Punjab Mental Hospital Lahore 1922-31 - 1922-1931
Year: 1922
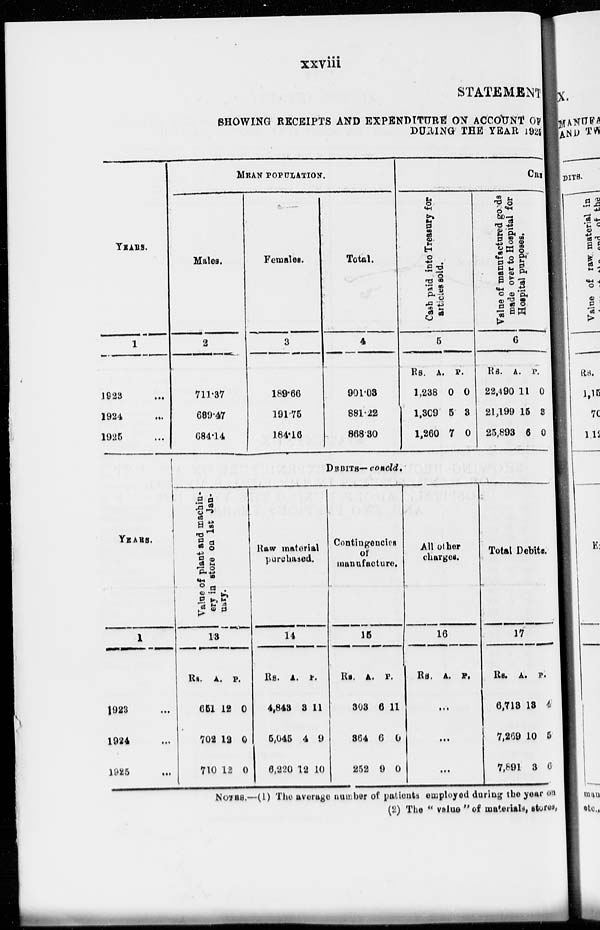
xxviii
STATEMENT
SHOWING RECEIPTS AND EXPENDITURE ON ACCOUNT OF
DURING THE YEAR 1925
YEARS.
1
1823 ...
1924 ..
1926 ...
YEARS.
1
1923 ...
1924 ...
1925 ...
MEAN POPULATION.
Males.
2
711.37
689.47
684.14
Females.
3
189.66
191.75
184.16
Total.
4
901.03
881.22
868.30
CRE
Cash paid into Treasury for
articles sold.
5
Rs.
1,238
1,309
1,260
A.
0
5
7
P.
0
3
0
Value
of manufactured goods
made over to Hospital for
Hospital purposes.
6
Rs.
22,490
21,199
25,893
A.
11
15
6
P.
0
3
0
DEBITS— concld.
Value of plant and machin-
ery in store on 1st Jan-
uary.
13
Rs.
651
702
710
A.
12
12
12
P.
0
0
0
Raw material
purchased.
14
Rs.
4,843
5,045
6,220
A.
3
4
12
P.
11
9
10
Contingencies
of
manufacture.
15
Rs.
303
864
252
A.
6
6
9
P.
11
0
0
All other
charges.
16
Rs. A. P.
...
...
...
Total Debits.
17
Rs.
6,713
7,269
7,891
A.
13
10
3
P.
4
5
6
NOTES.—(1) The average number of patients employed during the year on
(2) The " value "of materials, stores,